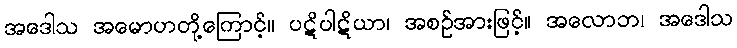
အဒေါသ အမောဟတို့ကြောင့်။ ပဋိပါဋိယာ၊ အစဉ်အားဖြင့်။ အလောဘ၊ အဒေါသ